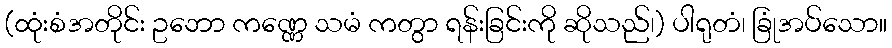
(ထုံးစံအတိုင်း ဥဘော ကဏ္ဏေ သမံ ကတွာ ရန်းခြင်းကို ဆိုသည်၊) ပါရုတံ၊ ခြုံအပ်သော။